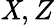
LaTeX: \mathit{X},Z